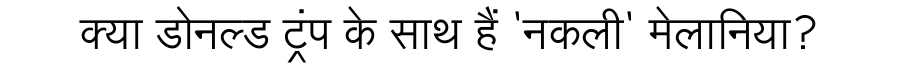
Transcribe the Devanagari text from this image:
क्या डोनल्ड ट्रंप के साथ हैं 'नकली' मेलानिया?